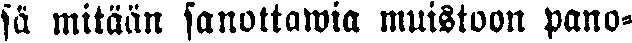
sä mitään sanottawia muistoon pano-